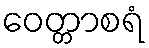
ဝေတ္တာစရံ